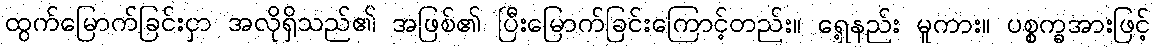
ထွက်မြောက်ခြင်းငှာ အလိုရှိသည်၏ အဖြစ်၏ ပြီးမြောက်ခြင်းကြောင့်တည်း။ ရှေ့နည်း မူကား။ ပစ္စက္ခအားဖြင့်